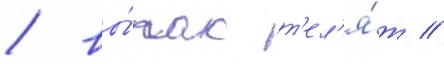
/ вы́пас т'ел'я́т //